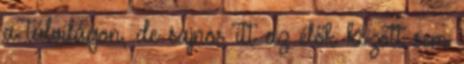
a túlvilágon, de sajnos itt az élők között sem